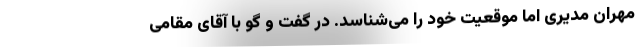
مهران مدیری اما موقعیت خود را می‌شناسد. در گفت و گو با آقای مقامی